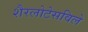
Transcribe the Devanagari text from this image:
शैरलोटेसविले